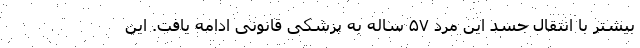
بیشتر با انتقال جسد این مرد ۵۷ ساله به پزشکی قانونی ادامه یافت. این